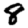
Digit: 8